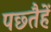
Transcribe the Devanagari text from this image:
पछ्तैहें